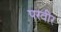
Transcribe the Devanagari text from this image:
परवीर